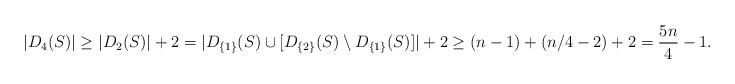
LaTeX: \begin{align*}|D_4(S)| \geq |D_2(S)| +2 = |D_{ \{1 \}}(S) \cup [D_{\{2\}}(S) \setminus D_{\{1\}}(S)]| +2 \geq (n-1) +(n/4-2)+2=\frac{5n}{4}-1.\end{align*}